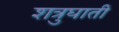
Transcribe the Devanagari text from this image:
शत्रुघाती